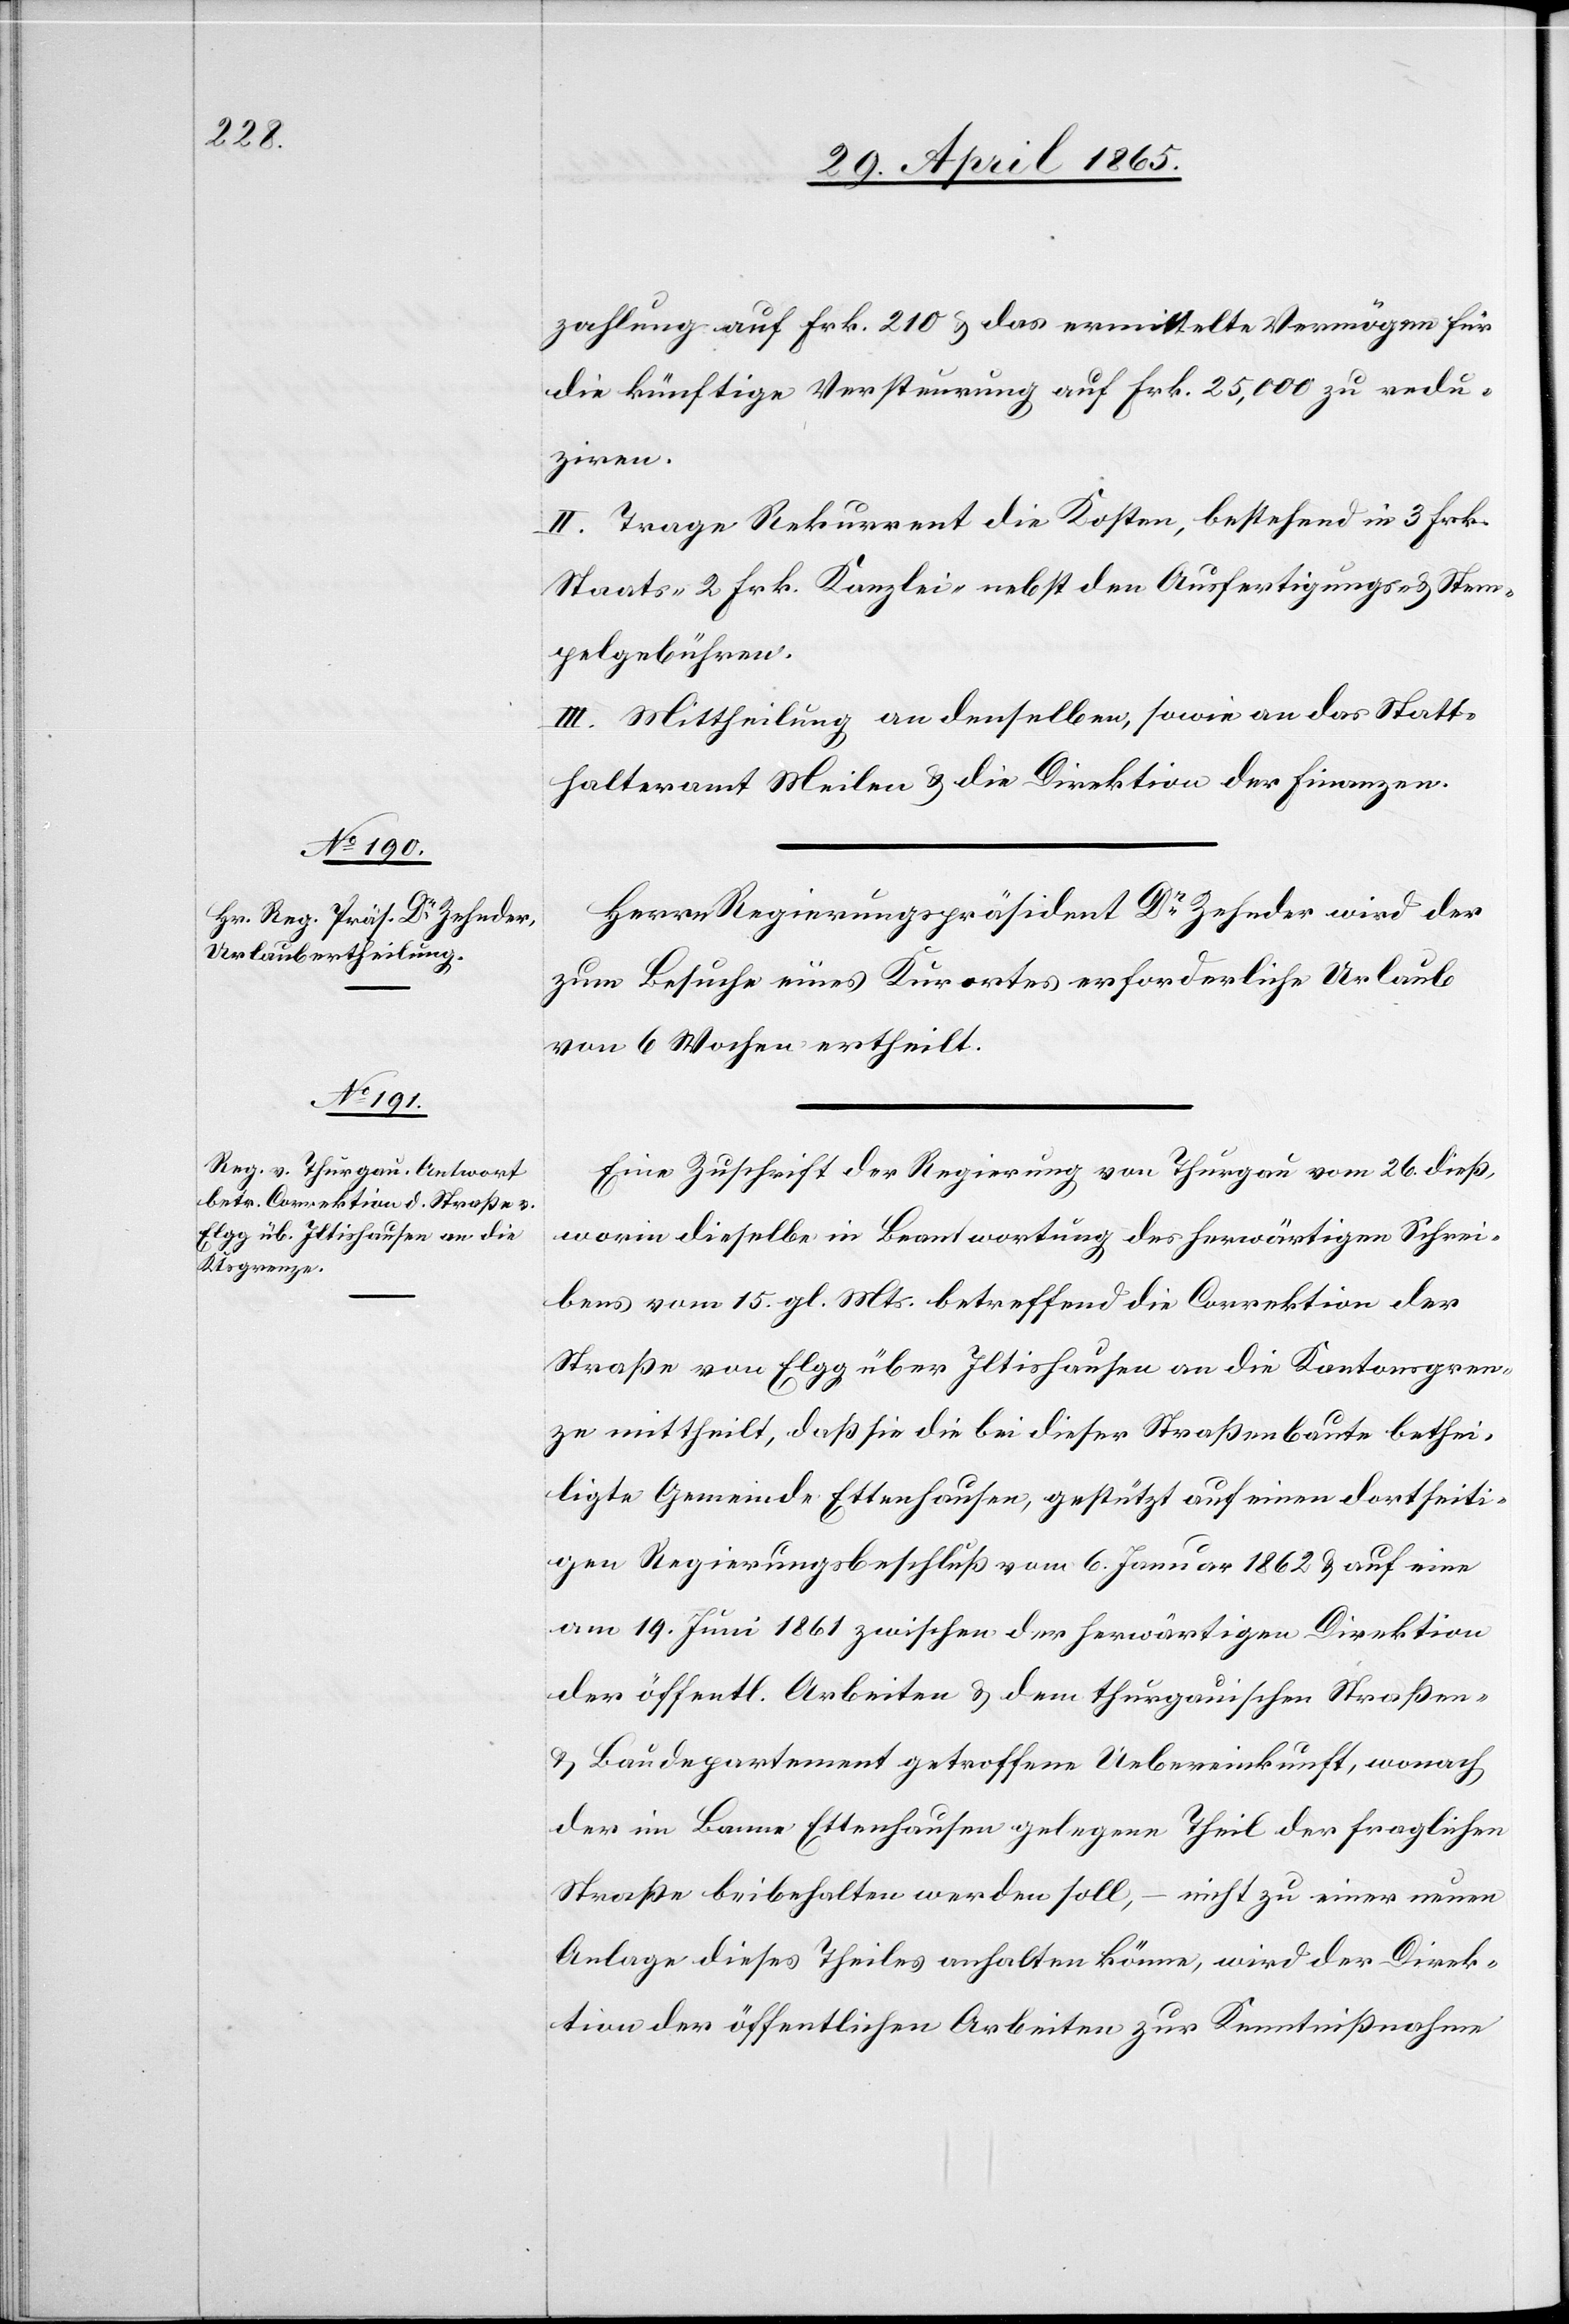
zahlung auf Frk. 210 & das ermittelte Vermögen für
die künftige Versteurung auf Frk. 25,000 zu redu¬
ziren.
II. Trage Rekurrent die Kosten, bestehend in 3 Frk.
Staats-[,] 2 Frk. Kanzlei- nebst den Ausfertigungs- & Stem¬
pelgebühren.
III. Mittheilung an denselben, sowie an das Statt¬
halteramt Meilen & die Direktion der Finanzen.
Herrn Regierungspräsident Dr Zehnder wird der
zum Besuche eines Kurortes erforderliche Urlaub
von 6 Wochen ertheilt.
Eine Zuschrift der Regierung von Thurgau vom 26. dieß,
worin dieselbe in Beantwortung des herwärtigen Schrei¬
bens vom 15. gl. Mts. betreffend die Correktion der
Straße von Elgg über Iltishausen an die Kantonsgren¬
ze mittheilt, daß sie die bei dieser Straßenbaute bethei¬
ligte Gemeinde Ettenhausen, gestützt auf einen dortseiti¬
gen Regierungsbeschluß vom 6. Januar 1862 & auf eine
am 19. Juni 1861 zwischen der herwärtigen Direktion
der öffentl. Arbeiten & dem thurgauischen Straßen-
& Baudepartement getroffene Uebereinkunft, wonach
der im Banne Ettenhausen gelegene Theil der fraglichen
Straße beibehalten werden soll, – nicht zu einer neuen
Anlage dieses Theiles anhalten könne, wird der Direk¬
tion der öffentlichen Arbeiten zur Kenntnißnahme